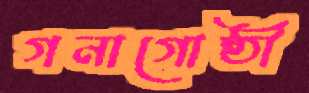
গনাগোষ্ঠী